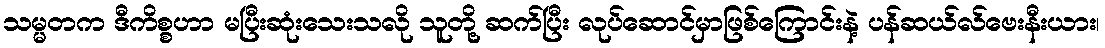
သမ္မတက ဒီကိစ္စဟာ မပြီးဆုံးသေးသလို သူတို့ ဆက်ပြီး လုပ်ဆောင်မှာဖြစ်ကြောင်းနဲ့ ပန်ဆယ်လ်ဗေးနီးယား၊